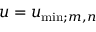
u = u _ { \mathrm { m i n } ; m , n }